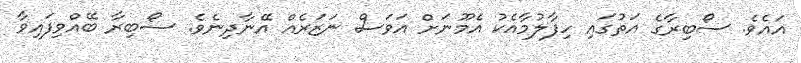
އައެވެ. ސޯބިރާގެ އަތުގައި ހިފާލުމާއެކު އެމޫނަށް އަވަސް ނަޒަރެއް އޭނާދިނެވެ. ސޯބިރާ ބޭއްވިފައިވާ